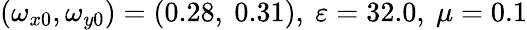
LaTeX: (\omega_{x0},\omega_{y0})=(0.28,\ 0.31),\ \varepsilon=32.0,\ \mu=0.1